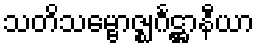
သတိသမ္ဗောဇ္ဈင်္ဂဋ္ဌာနီယာ